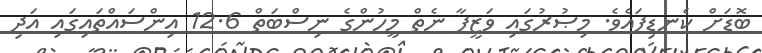
ބޮޑަށް ކެނޑިފައެވެ. މިޞުރުގައި ވަޒީފާ ނެތް މީހުންގެ ނިސްބަތް 12.6 އިންސައްތައިގައި އަދި